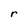
Character: r